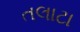
તલાટા